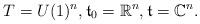
LaTeX: \begin{align*} T=U(1)^n,{\mathfrak t}_0 = {\mathbb R}^n, {\mathfrak t} = {\mathbb C}^n.\end{align*}